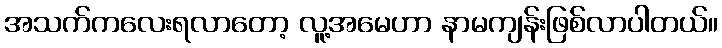
အသက်ကလေးရလာတော့ လူ့အမေဟာ နာမကျန်းဖြစ်လာပါတယ်။